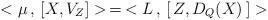
LaTeX: \begin{align*}<\mu\, ,\, [X,V_Z]>\, =\, <L\, ,\, [\, Z,D_Q(X)\, ]> \end{align*}